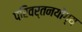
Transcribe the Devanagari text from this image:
परिवर्तनयोग्य